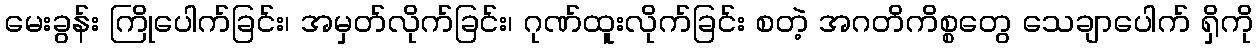
မေးခွန်း ကြိုပေါက်ခြင်း၊ အမှတ်လိုက်ခြင်း၊ ဂုဏ်ထူးလိုက်ခြင်း စတဲ့ အဂတိကိစ္စတွေ သေချာပေါက် ရှိကို